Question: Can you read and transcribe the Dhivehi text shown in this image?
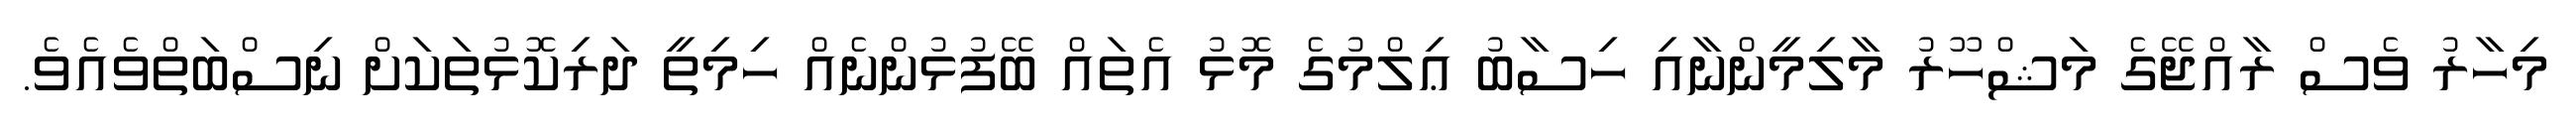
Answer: މިހާރު ވެސް ރާއްޖޭގެ މަޝްހޫރު މާލިމީންނާއި ހިސާބު ޢިލްމުގެ މޮޅު އެތައް ބޭފުޅުންނެއް ހިމިތީ ދަރިކޮޅުތަކަށް ނިސްބަތްވެއެވެ.